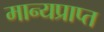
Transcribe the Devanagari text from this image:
मान्यप्राप्त